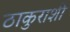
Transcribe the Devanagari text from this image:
ठाकुराशी